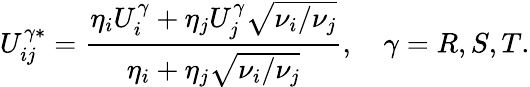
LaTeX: U_{ij}^{\gamma*}=\frac{\eta_{i}U_{i}^{\gamma}+\eta_{j}U_{j}^{\gamma}\sqrt{\nu_{i}/\nu_{j}}}{\eta_{i}+\eta_{j}\sqrt{\nu_{i}/\nu_{j}}},\quad\gamma=R,S,T.